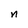
Character: n